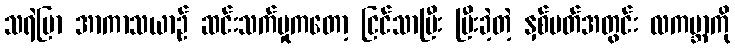
သရဲပြာ အာကာသယာဉ် ဆင်းသက်မှုကတော့ ငြင်သာပြီး ပြီးခဲ့တဲ့ နှစ်ပတ်အတွင်း လကမ္ဘာကို